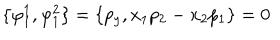
LaTeX: \{ \varphi _ { 1 } ^ { 1 } , \varphi _ { 1 } ^ { 2 } \} = \{ p _ { y } , x _ { 1 } p _ { 2 } - x _ { 2 } p _ { 1 } \} = 0